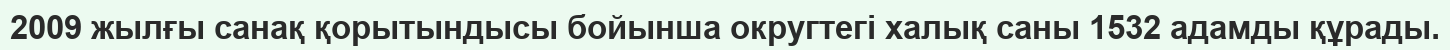
2009 жылғы санақ қорытындысы бойынша округтегі халық саны 1532 адамды құрады.